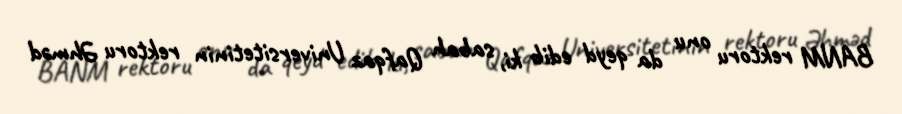
BANM rektoru onu da qeyd edib ki, sabah Qafqaz Universitetinin rektoru Əhməd